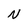
Character: N